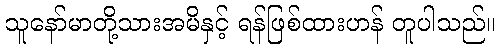
သူနော်မာတို့သားအမိနှင့် ရန်ဖြစ်ထားဟန် တူပါသည်။